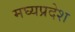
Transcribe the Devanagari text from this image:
मघ्‍यप्रदेश